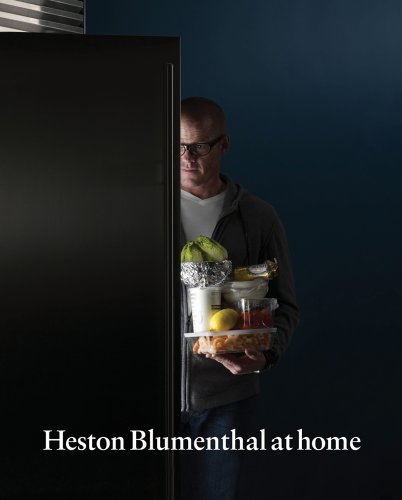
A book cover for Heston Blumenthal at Home; Heston Blumenthal; Science & Math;